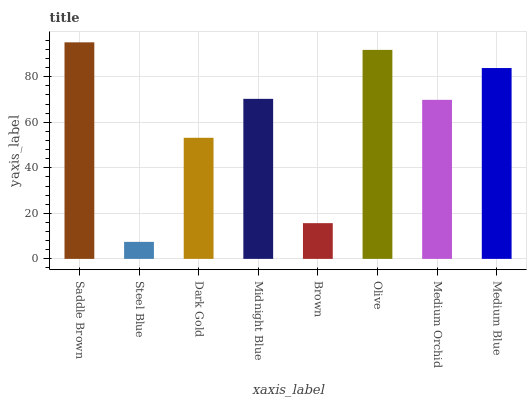
| xaxis_label | bars |
 | --- | --- |
 | Saddle Brown | 95.1 |
 | Steel Blue | 7.47 |
 | Dark Gold | 53.2 |
 | Midnight Blue | 70.3 |
 | Brown | 15.7 |
 | Olive | 91.8 |
 | Medium Orchid | 69.9 |
 | Medium Blue | 83.8 |